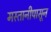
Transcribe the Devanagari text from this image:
मस्तानीपासून